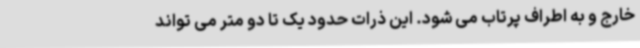
خارج و به اطراف پرتاب می شود. این ذرات حدود یک تا دو متر می تواند